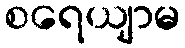
စရေယျာမ